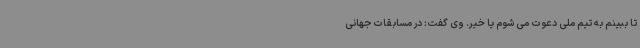
تا ببینم به تیم ملی دعوت می شوم یا خیر. وی گفت: در مسابقات جهانی